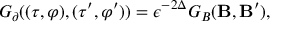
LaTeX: G _ { \partial } ( ( \tau , \varphi ) , ( \tau ^ { \prime } , \varphi ^ { \prime } ) ) = \epsilon ^ { - 2 \Delta } G _ { B } ( { \bf B } , { \bf B ^ { \prime } } ) ,